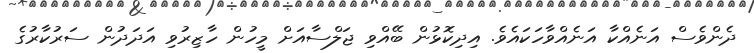
ދެންވެސް އަނެއްކާ އަނެއްވާހަކައެވެ. އިދިކޮޅުން ބޭއްވި ޖަލްސާއަށް މީހުން ހާޒިރުވި އަދަދުން ސަރުކާރުގެ